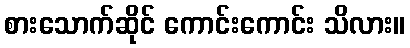
စားသောက်ဆိုင် ကောင်းကောင်း သိလား။